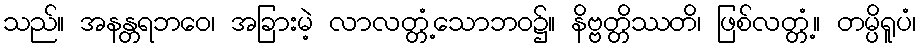
သည်။ အနန္တရဘဝေ၊ အခြားမဲ့ လာလတ္တံ့သောဘဝ၌။ နိဗ္ဗတ္တိဿတိ၊ ဖြစ်လတ္တံ့။ တမ္ပိရူပံ၊